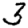
Digit: 3